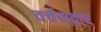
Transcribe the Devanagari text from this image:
वर्चसद्वार